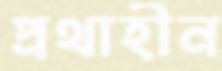
প্রথাহীন